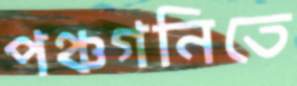
পঞ্চগনিতে